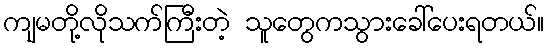
ကျမတို့လိုသက်ကြီးတဲ့ သူတွေကသွားခေါ်ပေးရတယ်။